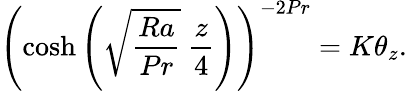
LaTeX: \left(\cosh{\left(\sqrt{\frac{Ra}{Pr}}\ \frac{z}{4}\right)}\right)^{-2Pr}=K\theta_{z}.